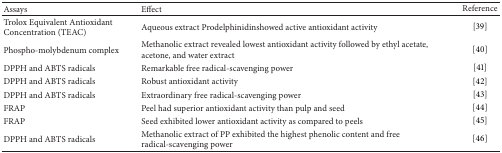
| Assays | Effect | Reference |
 | --- | --- | --- |
 | Trolox Equivalent Antioxidant Concentration (TEAC) | Aqueous extract Prodelphinidinshowed active antioxidant activity | [39] |
 | Phospho-molybdenum complex | Methanolic extract revealed lowest antioxidant activity followed by ethyl acetate, acetone, and water extract | [40] |
 | DPPH and ABTS radicals | Remarkable free radical-scavenging power | [41] |
 | DPPH and ABTS radicals | Robust antioxidant activity | [42] |
 | DPPH and ABTS radicals | Extraordinary free radical-scavenging power | [43] |
 | FRAP | Peel had superior antioxidant activity than pulp and seed | [44] |
 | FRAP | Seed exhibited lower antioxidant activity as compared to peels | [45] |
 | DPPH and ABTS radicals | Methanolic extract of PP exhibited the highest phenolic content and free radical-scavenging power | [46] |